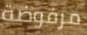
مرفوضة